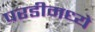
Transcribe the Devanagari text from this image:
परडीमध्ये